Report of the Indian Hemp Drugs Commission, 1894-1895 - Volume IV
Year: 1894
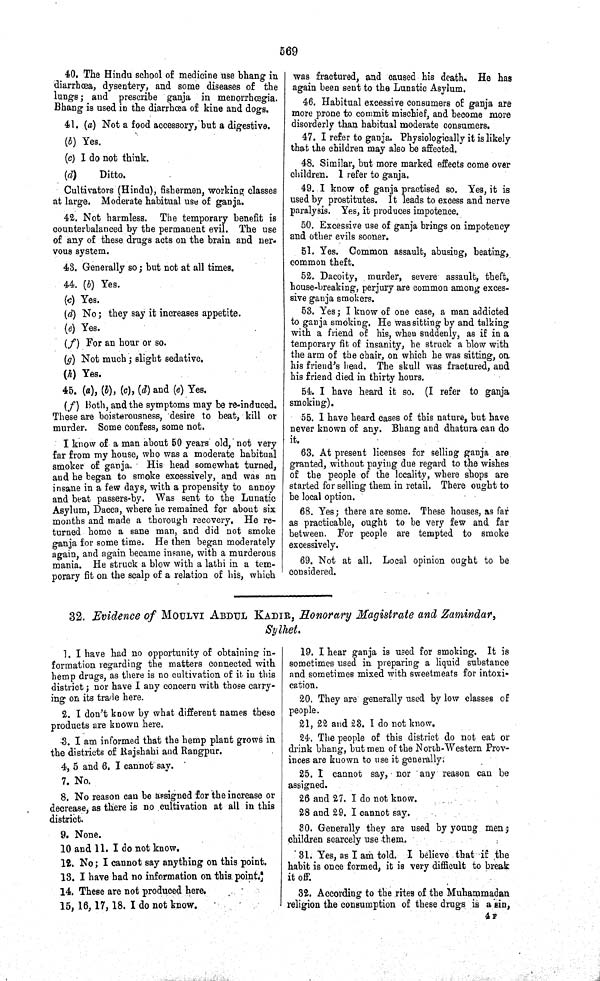
569
40. The Hindu school of medicine use bhang in
diarrhœa, dysentery, and some diseases of the
lungs; and prescribe ganja in menorrhœgia.
Bhang is used in the diarrhœa of kine and dogs.
41. (a) Not a food accessory, but a digestive.
(b) Yes.
(c) I do not think.
(d)
Ditto.
Cultivators (Hindu), fishermen, working classes
at large. Moderate habitual use of ganja.
42. Not harmless. The temporary benefit is
counterbalanced by the permanent evil. The use
of any of these drugs acts on the brain and ner-
vous system.
43. Generally so; but not at all times.
44. (b) Yes.
(c) Yes.
(d) No; they say it increases appetite.
(e) Yes.
(f) For an hour or so.
(g) Not much; slight sedative.
(h) Yes.
45. (a), (b), (c), (d) and (e) Yes.
(f) Both, and the symptoms may be re-induced.
These are boisterousness, desire to beat, kill or
murder. Some confess, some not.
I know of a man about 50 years old, not very
far from my house, who was a moderate habitual
smoker of ganja.
His head somewhat turned,
and he began to smoke excessively, and was an
insane in a few days, with a propensity to annoy
and beat passers-by. Was sent to the Lunatic
Asylum, Dacca, where he remained for about six
months and made a thorough recovery. He re-
turned home a sane man, and did not smoke
ganja for some time. He then began moderately
again, and again became insane, with a murderous
mania. He struck a blow with a lathi in a tem-
porary fit on the scalp of a relation of his, which
was fractured, and caused his death. He has
again been sent to the Lunatic Asylum.
46. Habitual excessive consumers of ganja are
more prone to commit mischief, and become more
disorderly than habitual moderate consumers.
47. I refer to ganja. Physiologically it is likely
that the children may also be affected.
48. Similar, but more marked effects come over
children. I refer to ganja.
49. I know of ganja practised so. Yes, it is
used by prostitutes. It leads to excess and nerve
paralysis. Yes, it produces impotence.
50. Excessive use of ganja brings on impotency
and other evils sooner.
51. Yes. Common assault, abusing, beating,
common theft.
52. Dacoity, murder, severe assault, theft,
house-breaking, perjury are common among exces-
sive ganja smokers.
53. Yes; I know of one case, a man addicted
to ganja smoking. He was sitting by and talking
with a friend of his, when suddenly, as if in a
temporary fit of insanity, he struck a blow with
the arm of the chair, on which he was sitting, on
his friend's head. The skull was fractured, and
his friend died in thirty hours.
54. I have heard it so. (I refer to ganja
smoking).
55. I have heard cases of this nature, but have
never known of any. Bhang and dhatura can do
it.
63. At present licenses for selling ganja are
granted, without paying due regard to the wishes
of the people of the locality, where shops are
started for selling them in retail. There ought to
be local option.
68. Yes; there are some. These houses, as far
as practicable, ought to be very few and far
between. For people are tempted to smoke
excessively.
69. Not at all. Local opinion ought to be
considered.
32. Evidence of MOULVI ABDUL KADIR, Honorary Magistrate and Zamindar,
Sylhet.
1. I have had no opportunity of obtaining in-
formation regarding the matters connected with
hemp drugs, as there is no cultivation of it in this
district; nor have I any concern with those carry-
ing on its trade here.
2. I don't know by what different names these
products are known here.
3. I am informed that the hemp plant grows in
the districts of Rajshahi and Rangpur.
4, 5 and 6. I cannot say.
7. No.
8. No reason can be assigned for the increase or
decrease, as there is no cultivation at all in this
district.
9. None.
10 and 11. I do not know.
12. No; I cannot say anything on this point.
13. I have had no information on this point.
14. These are not produced here.
15, 16, 17, 18. I do not know.
19. I hear ganja is used for smoking. It is
sometimes used in preparing a liquid substance
and sometimes mixed with sweetmeats for intoxi-
cation.
20. They are generally used by low classes of
people.
21, 22 and 23. I do not know.
24. The people of this district do not eat or
drink bhang, but men of the North-Western Prov-
inces are known to use it generally.
25. I cannot say, nor any reason can be
assigned.
26 and 27. I do not know.
28 and 29. I cannot say.
30. Generally they are used by young men;
children scarcely use them.
31. Yes, as I am told. I believe that if the
habit is once formed, it is very difficult to break
it off.
32. According to the rites of the Muhammadan
religion the consumption of these drugs is a sin,
4 F